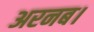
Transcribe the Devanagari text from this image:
अरनब।